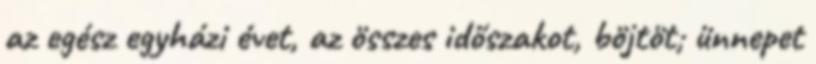
az egész egyházi évet, az összes időszakot, böjtöt; ünnepet